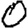
Digit: 0